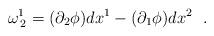
LaTeX: \begin{align*}\omega^{1}_{\: 2} = (\partial_2 \phi)dx^1 - (\partial_1 \phi)dx^2~~.\end{align*}